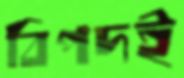
বিপদই